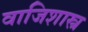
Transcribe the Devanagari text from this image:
वाजिशास्त्र